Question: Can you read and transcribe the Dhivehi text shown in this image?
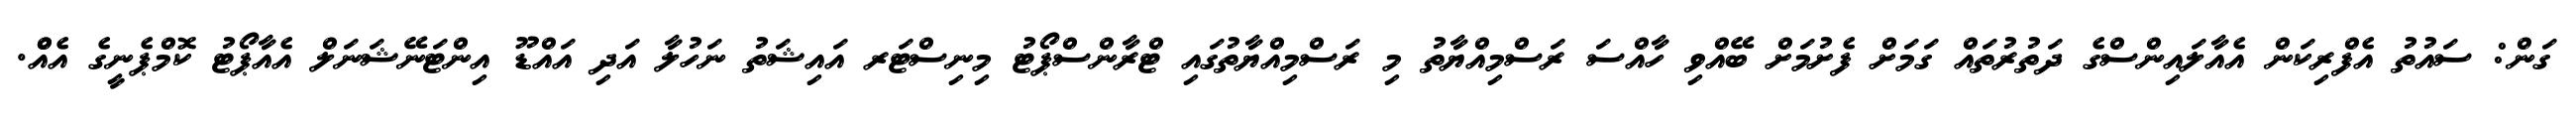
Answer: ގަން: ސައުތު އެފްރިކަން އެއާލައިންސްގެ ދަތުރުތައް ގަމަށް ފެށުމަށް ބޭއްވި ހާއްސަ ރަސްމިއްޔާތު މި ރަސްމިއްޔާތުގައި ޓްރާންސްޕޯޓު މިނިސްޓަރ އައިޝަތު ނަހުލާ އަދި އައްޑޫ އިންޓަނޭޝަނަލް އެއާޕޯޓު ކޮމްޕެނީގެ އެއްް.